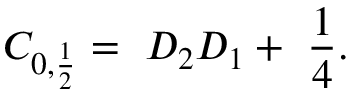
C _ { 0 , \frac { 1 } { 2 } } = \ D _ { 2 } D _ { 1 } + \ \frac { 1 } { 4 } .